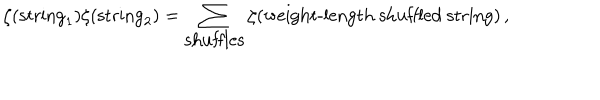
\zeta ( \mathrm { s t r i n g } _ { 1 } ) \zeta ( \mathrm { s t r i n g } _ { 2 } ) = \sum _ { \mathrm { s h u f f l e s } } \zeta ( \mathrm { w e i g h t - l e n g t h ~ s h u f f l e d ~ s t r i n g } ) \, ,